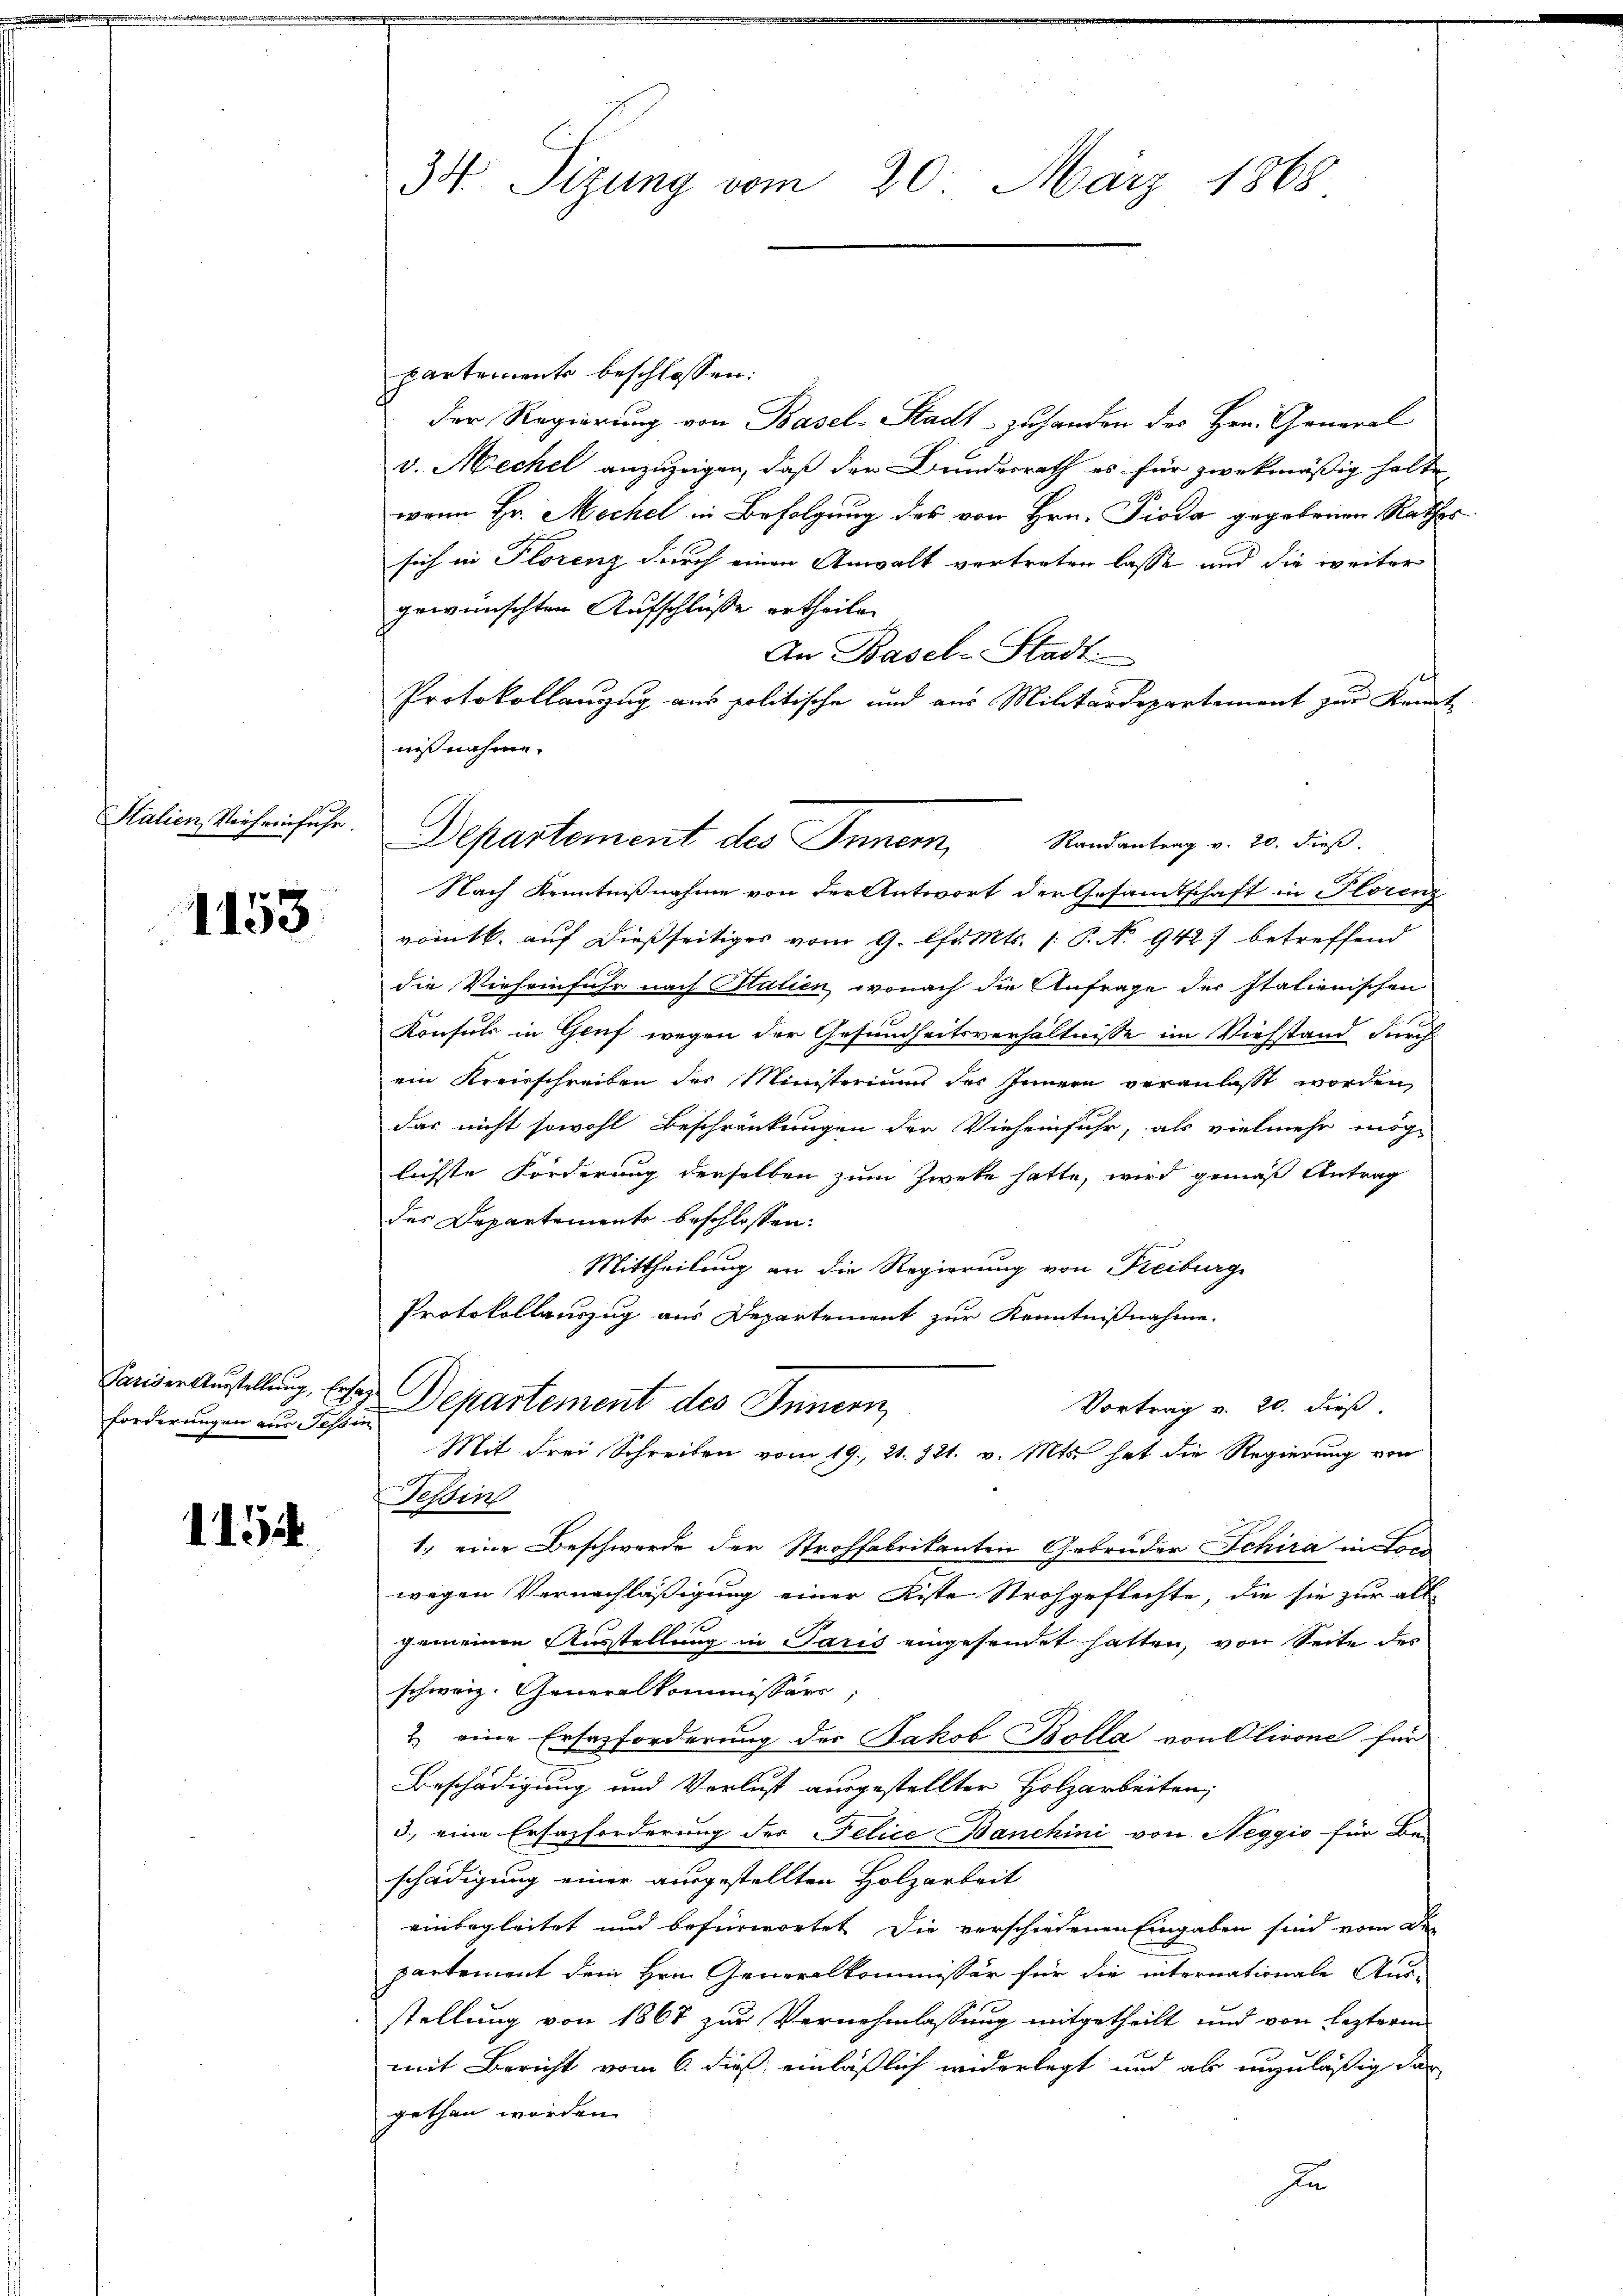
Stalien, Vieheinfuhr.

1153

Pariser Ausstellung, Ersatz
forderungen aus Tessin

1154

34. Sizung vom 20. März 1868

Departement des Innern,

partemente beschlossen:
der Regierung von Basel-Stadt - zuhanden des Hrn. General
v. Siechel anzuzeigen, daß der Bunderrath es für zwekmäßig halte
wann Hr. Mechel in Befolgung des von Hrn. Pioda gegebenen Rathe
sich in Plorenz durch einen Anwalt vertreten lasse und die weiter
gewünschten Aufschlüße ertheilen
An Basel-Stadt
Protokollanzug aus politische und aus Militärdepartement zur Kenn-
nißnahme.
Randantrag v. 20. dieß.
Nach Kenntnißnahme von der Antwort der Gesamtschaft in Florenz
vomtl. auf dießseitiges vom 9. Chr. Mts. 1. P. No 9427 betreffend
die Vieheinfuhr nach Halien, wonach die Anfrage der Italienischen
Konsuls in Gruf wegen der Gesundheitsverhältnisse im Viehstand durch
ein Kreisschreiben der Ministeriums des Innern veranlasst worden,
das nicht sowohl Beschränkungen der Vieheinfuhr, als vielmehr mög-
lichste Forderung derselben zum Zweke hatte, wird gemäß Antrag
des Departements beschlossen:
Mittheilung an die Regierung von Freiburg
Protokollauszug aus Departement zur Kenntnißnahme
Departement des Innern,
Vortrag v. 20. dieß.
Mit drei Schreiben vom 19. 21. 721. v. Mts. hat die Regierung von
Tessin
1.) eine Beschwerde der Strohfabrikanten Gebrüder Schira in Fen
wegen Vernachläßigung einer Kiste Strohgeflechte, die sie zur all
gemeinen Ausstellung in Paris eingesendet hatten, von Seite des
schweiz. Generalkommissärs
2. eine Ersatzforderung des Jakob Bolla von Olivone für
Beschädigung und Verlust ausgestellter Holzarbeiten;
3., eine Erfazforderung des Felice Banchini von Neggio für Be-
schädigung einer ausgestellten Holzarbeit
einbegleitet und befürwortet die verschiedenen Eingaben sind vom De
partement dem Hrn. Generalkommissär für die internationale Aus-
stellung von 1867 zur Vernehmlassung mitgetheilt und von leztere
mit Bericht vom 6. dieß einläßlich widerlegt und als unzuläßig dar
gethan worden.
I

n